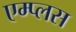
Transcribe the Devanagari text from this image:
एम्प्लस